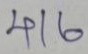
416